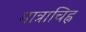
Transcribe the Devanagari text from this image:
मात्राचिह्न